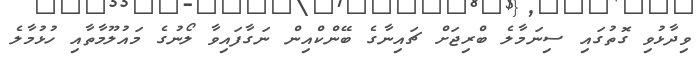
ވިދާޅުވި ގޮތުގައި ސިނަމާލެ ބްރިޖަށް ޗައިނާގެ ބޭންކްއިން ނަގާފައިވާ ލޯނުގެ މައުލޫމާތާއި ހުޅުމާލެ